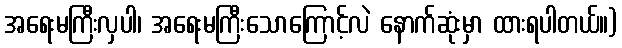
အရေးမကြီးလှပါ၊ အရေးမကြီးသောကြောင့်လဲ နောက်ဆုံးမှာ ထားရပါတယ်။)